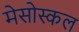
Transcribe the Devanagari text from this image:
मेसोस्कल